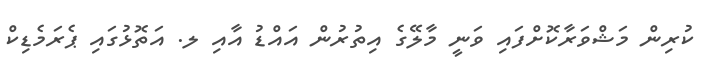
ކުރިން މަޝްވަރާކޮށްފައި ވަނީ މާލޭގެ އިތުރުން އައްޑު އާއި ލ. އަތޮޅުގައި ޕެރަމެޑިކް